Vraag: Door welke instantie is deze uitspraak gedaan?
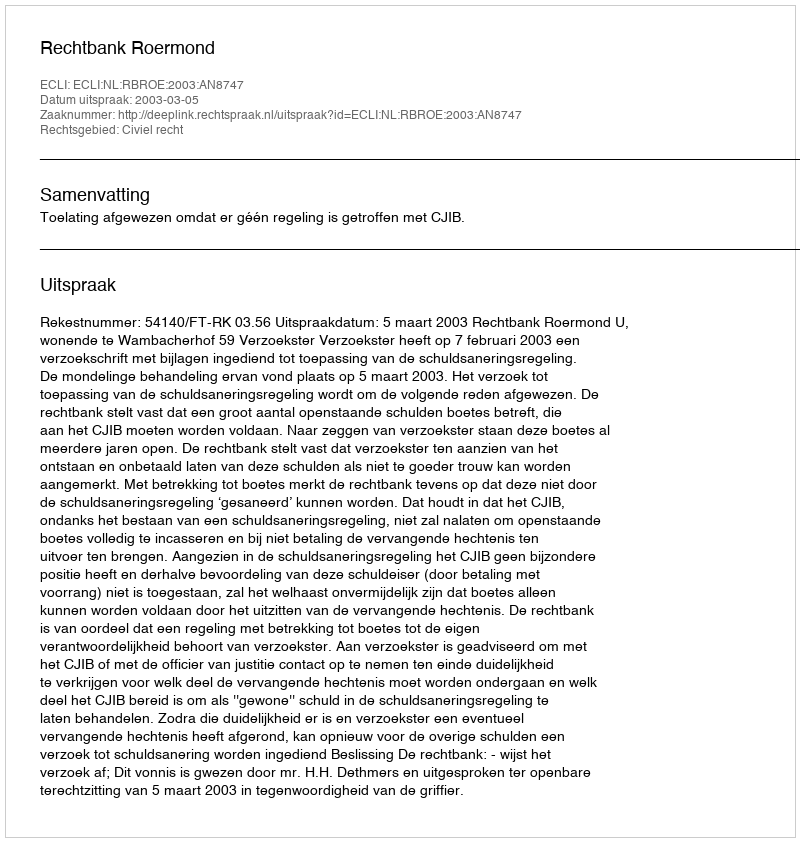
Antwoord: Rechtbank Roermond